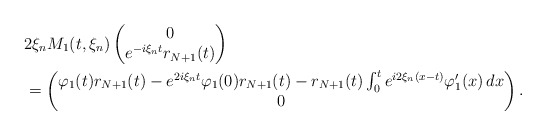
\begin{align*}&2\xi_n M_1(t,\xi_n)\begin{pmatrix}0\\ e^{-i\xi_n t}r_{N+1}(t)\end{pmatrix}\\& =\begin{pmatrix}\varphi_1(t)r_{N+1}(t)-e^{2i\xi_n t} \varphi_1(0) r_{N+1}(t) - r_{N+1}(t)\int_0^t e^{i 2\xi_n(x-t)}\varphi_1'(x)\,dx\\0\end{pmatrix}.\end{align*}